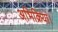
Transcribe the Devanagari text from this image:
अभिक्रिया।